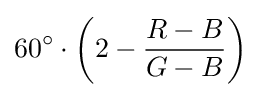
60^{\circ }\cdot \left(2-{\frac {R-B}{G-B}}\right)